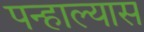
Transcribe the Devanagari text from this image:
पन्हाल्यास